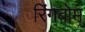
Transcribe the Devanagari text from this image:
रिंगबोम